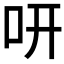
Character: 咞